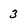
Character: 3